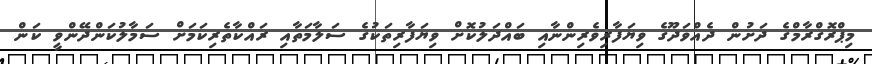
މިޕްރޮގްރާމްގެ ދަށުން ދެއްވަދޫގެ ވިޔަފާރިވެރިންނާއި ބައްދަލުކޮށް ވިޔަފާރިތަކުގެ ސަލާމަތާއި ރައްކާތެރިކަމަށް ސަމާލުކަންދޭންވީ ކަން